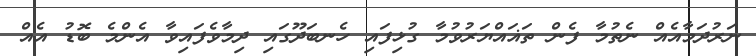
ނަރުދަމާއެއް ނެތުމާ ފެން ތަޣައްޔަރުވުމާ ގުޅިފައި ހެނބަދޫގައި ދިމާވެފައިވާ އެންމެ ބޮޑު އެއް